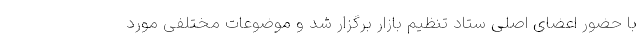
با حضور اعضای اصلی ستاد تنظیم بازار برگزار شد و موضوعات مختلفی مورد